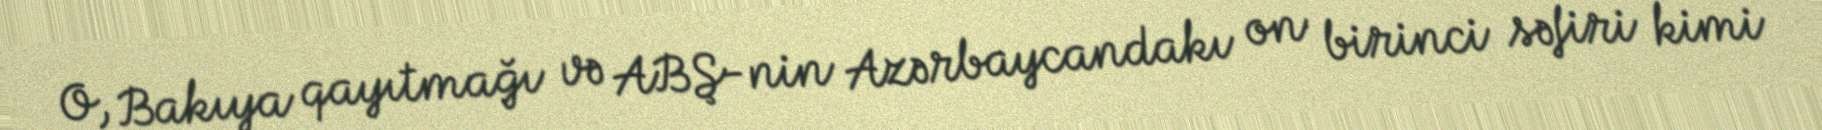
O, Bakıya qayıtmağı və ABŞ-nin Azərbaycandakı on birinci səfiri kimi